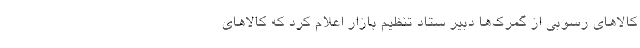
کالا‌های رسوبی از گمرک‌ها دبیر ستاد تنظیم بازار اعلام کرد که کالا‌های